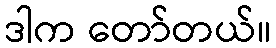
ဒါက တော်တယ်။